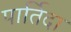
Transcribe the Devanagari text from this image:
पार्तिदा